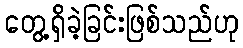
တွေ့ရှိခဲ့ခြင်းဖြစ်သည်ဟု